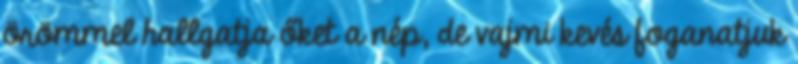
örömmel hallgatja őket a nép, de vajmi kevés foganatjuk